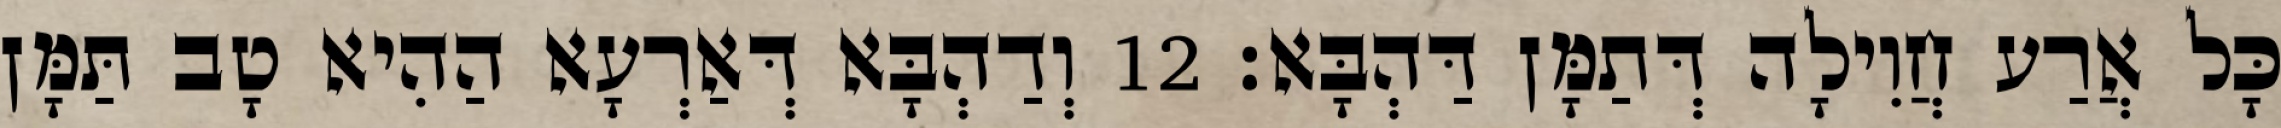
כָּל אֲרַע חֲוִילָה דְּתַמָּן דַּהְבָּא׃ 12 וְדַהְבָּא דְּאַרְעָא הַהִיא טָב תַּמָּן